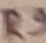
Text: R9